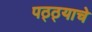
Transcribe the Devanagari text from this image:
पठ्ठ्याचे